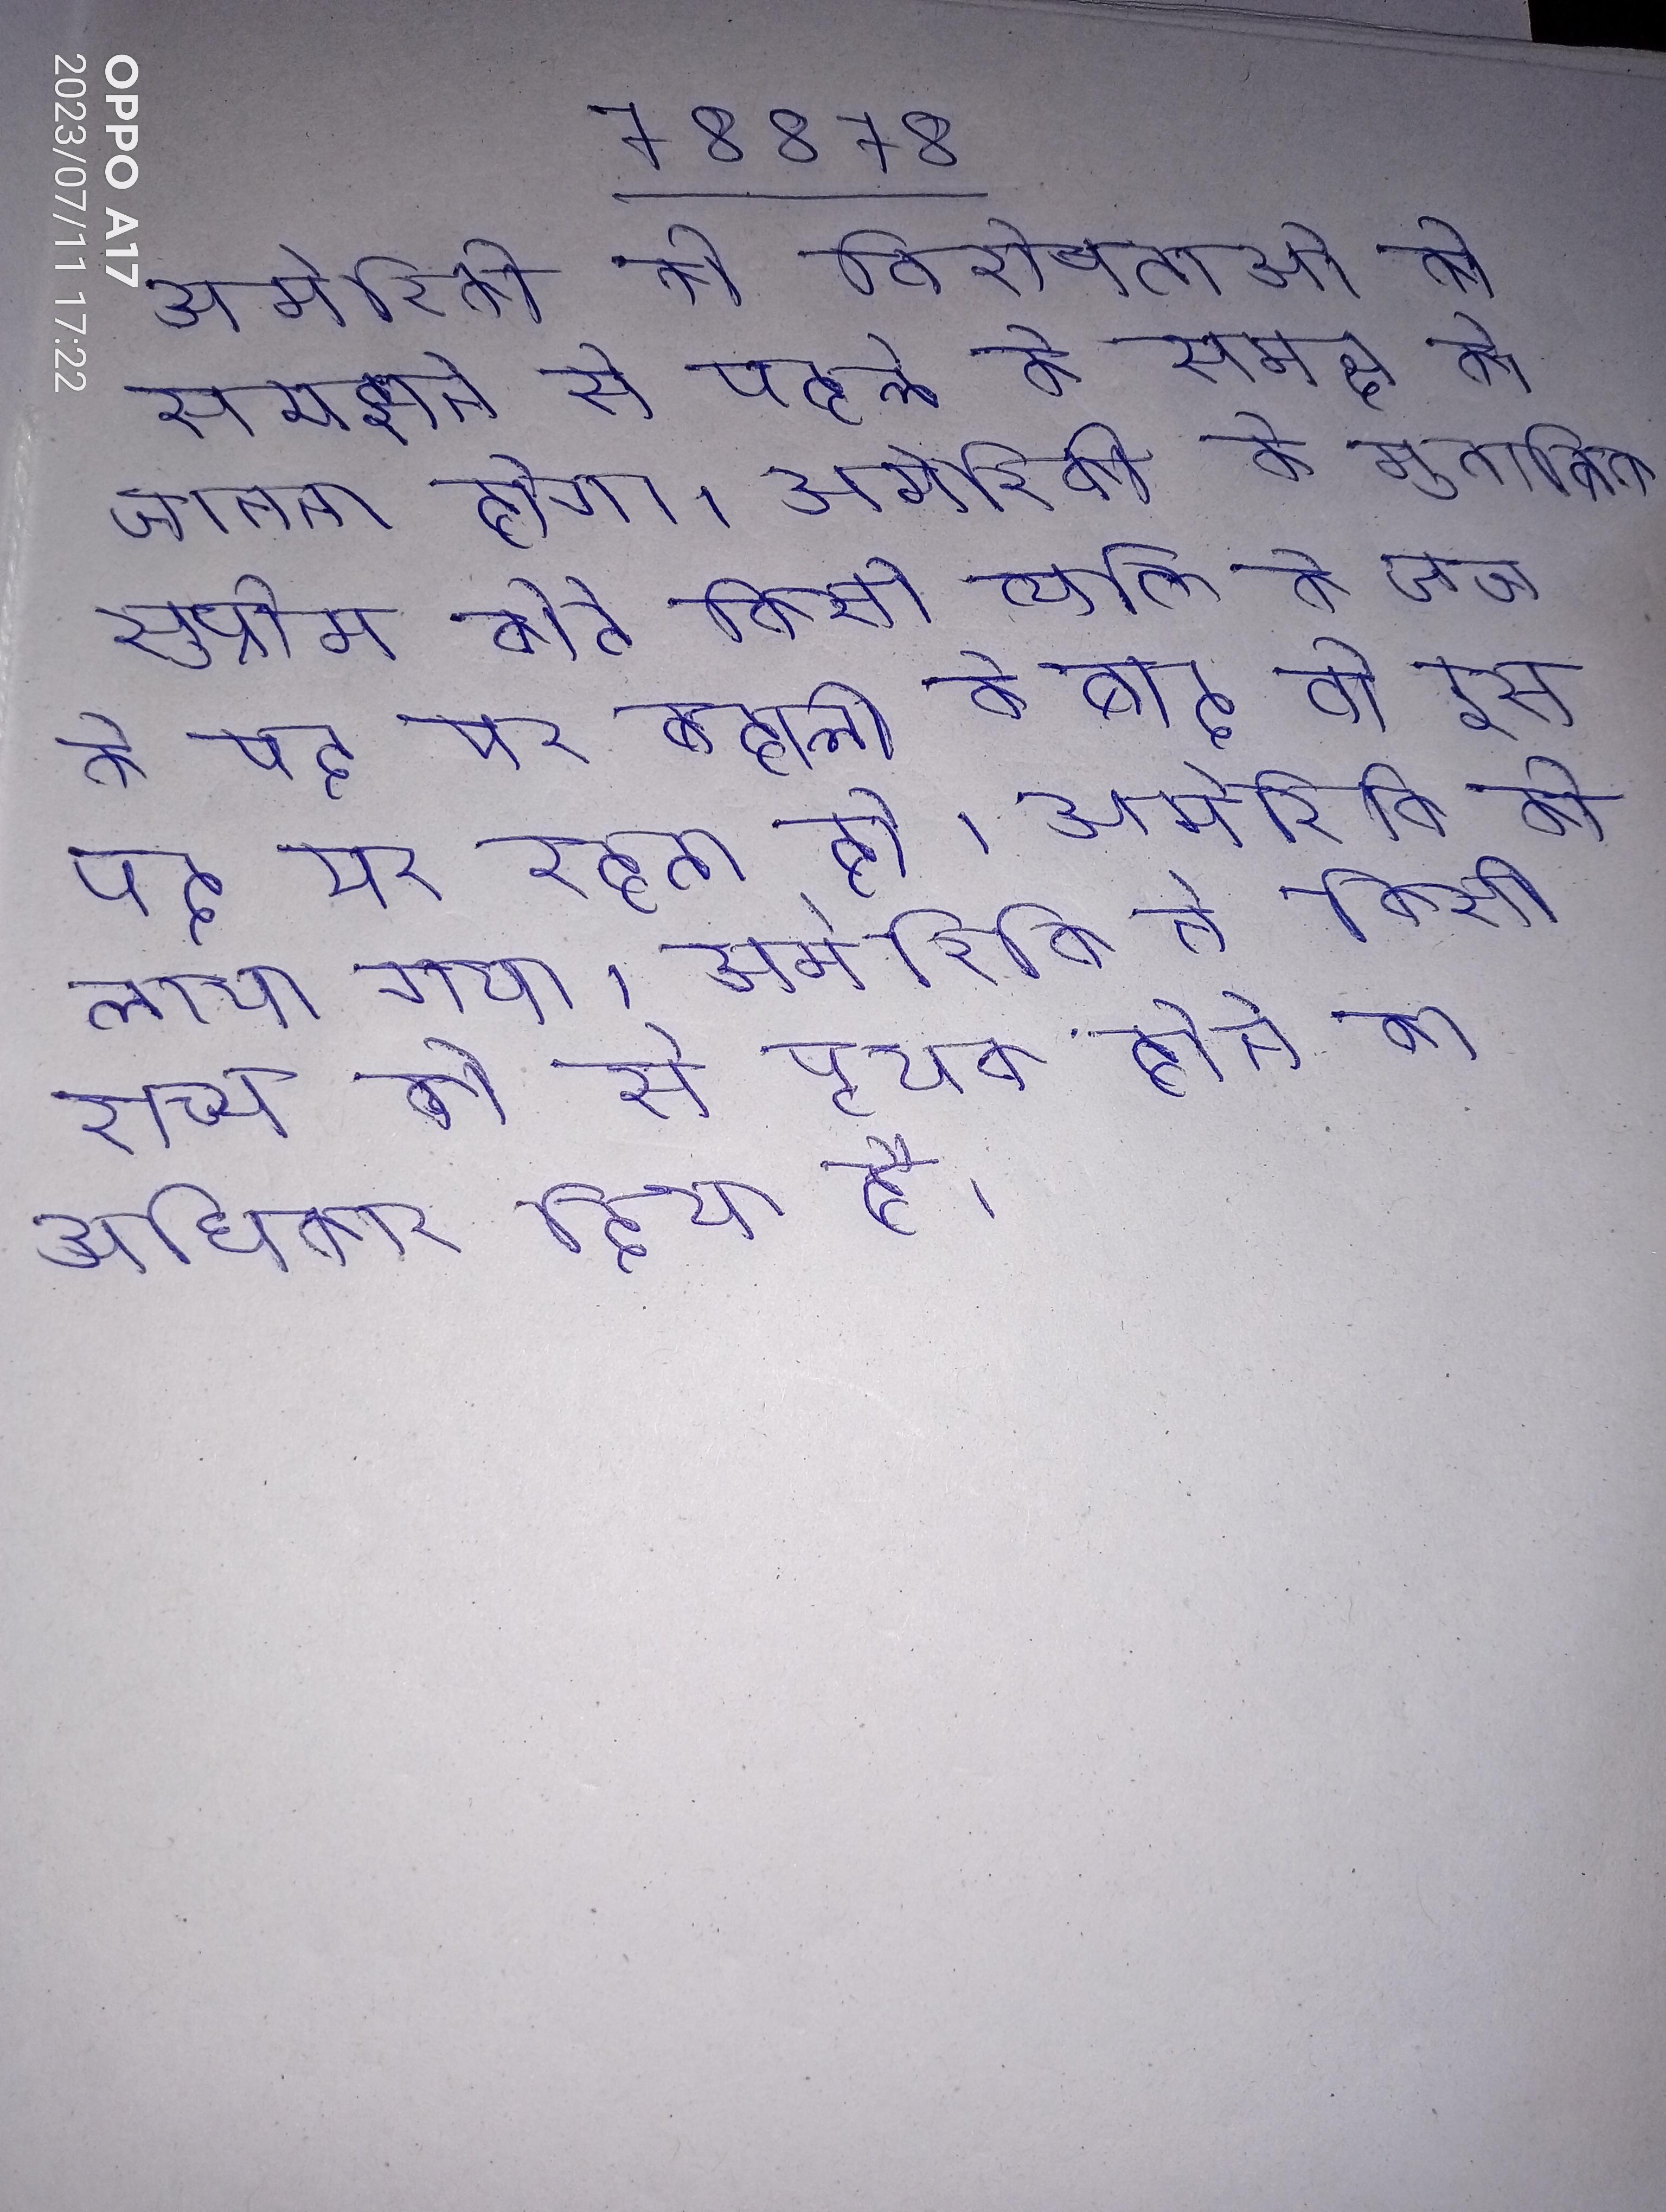
अमेरिकी की विशेषताओ को समझने से पहले के समक्ष को जानना होगा । अमेरिकी के मुताबिक सुप्रीम कोर्ट किसी व्यक्ति के जज के पद पर बहाली के बाद वो इस पद पर रहता है । अमेरिकी को लाया गया । अमेरिकी ने किसी राज्य को से पृथक होने का अधिकार दिया है ।